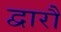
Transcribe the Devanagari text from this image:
द्वारौ